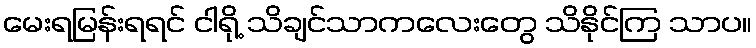
မေးရမြန်းရရင် ငါရို့ သိချင်သာကလေးတွေ သိနိုင်ကြ သာပ။